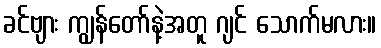
ခင်ဗျား ကျွန်တော်နဲ့အတူ ဂျင် သောက်မလား။